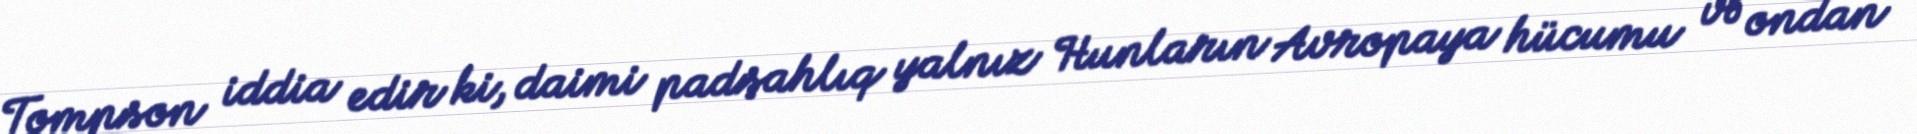
Tompson iddia edir ki, daimi padşahlıq yalnız Hunların Avropaya hücumu və ondan